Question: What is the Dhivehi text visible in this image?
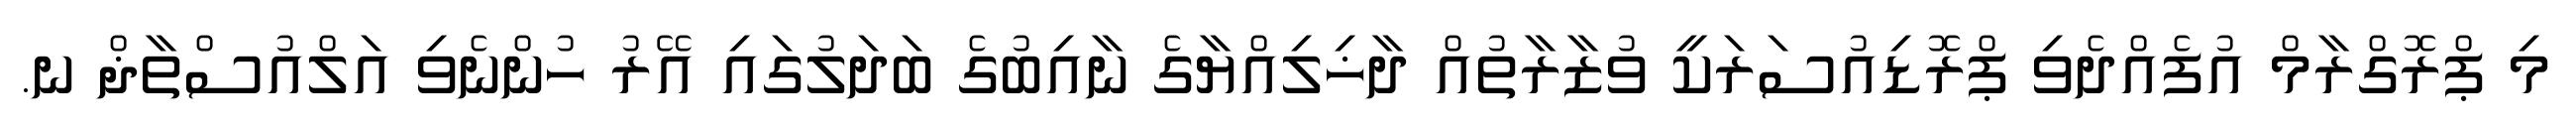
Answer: މި ޕްރޮގްރާމް އުފެއްދެވި ޕްރޮޑިއުސަރަކީ ވުޒާރާތުއް ދާޚިލިއްޔާގެ ނާއިބުގެ ބަދަލުގައި އޭރު ހުންނެވި އަލްއުސްތާޛް ނ.